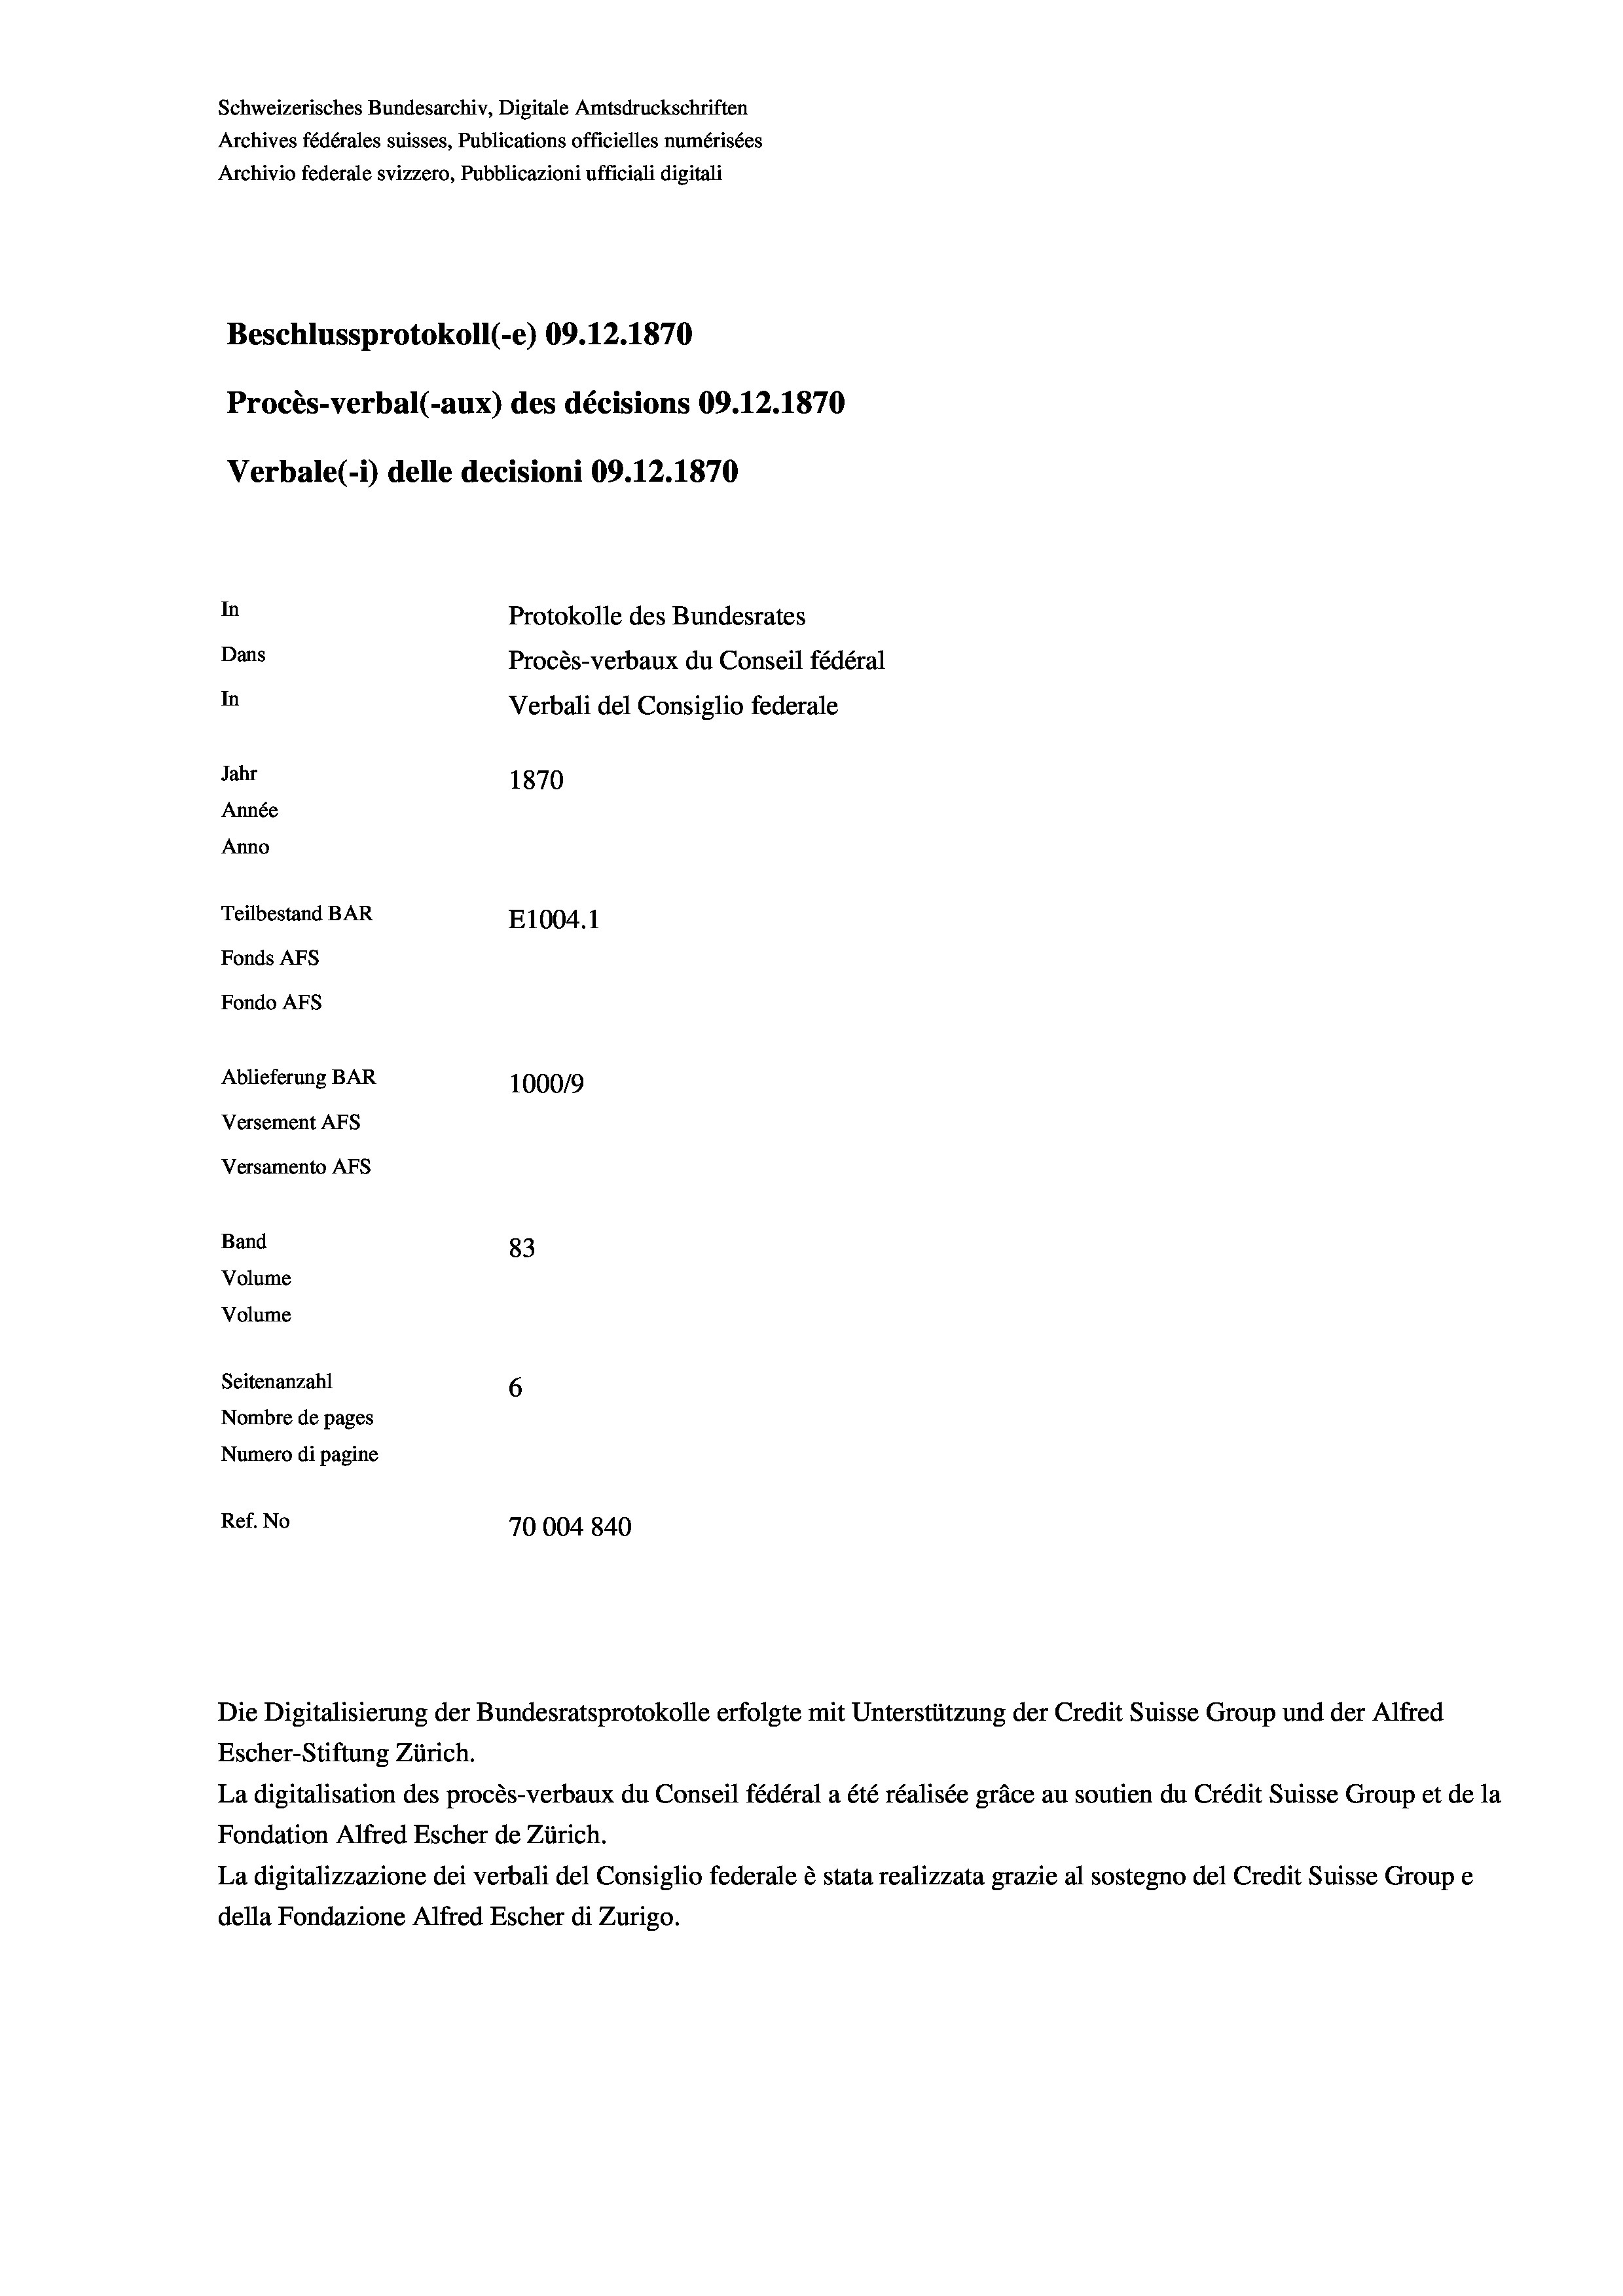
Schweizerisches Bundesarchiv, Digitale Amtsdruckschriften
Archives fédérales suisses, Publications officielles numérisées
Archivio federale svizzero, Pubblicazioni ufficiali digitali
Beschlussprotokoll (-e) 09.12.1870
Procès-verbal (-aux) des décisions 09.12.1870
Verbale (1) delle decisioni 09.12.1870
In
Protokolle des Bundesrates
Dans
Procès-verbaux du Conseil fédéral
In
Verbali del Consiglio federale
Jahr
1870
Année
Anno
Teilbestand BAR
E1004.1
Fonds AFs
Fondo AFs

Ablieferung BAR
Versement Abs
Versamento Afs
Band
Volume
Volume

100019
83
Seitenanzahl
6
Nombre de pages
Numero di pagine
Ref. No
70004840

Escher-Stiftung Zürich.
La digitalisation des procès-verbaux du Conseil fédéral a été réalisée gräce au soutien du Crédit Suisse Group et de la
Fondation Alfred Escher de Zürich.
La digitalizzazione dei verbali del Consiglio federale è stata realizzata grazie al sostegno del Credit Suisse Groupe
della Fondazione Alfred Escher di Zurigo.

Die Digitalisierung der Bundesratsprotokolle erfolgte mit Unterstützung der Credit Suisse Group und der Alfred